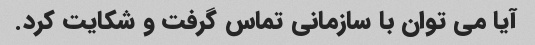
آیا می توان با سازمانی تماس گرفت و شکایت کرد.